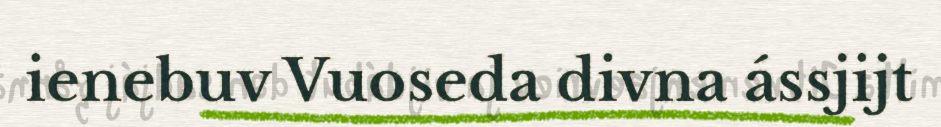
ienebuv Vuoseda divna ássjijt